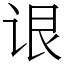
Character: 𬣳